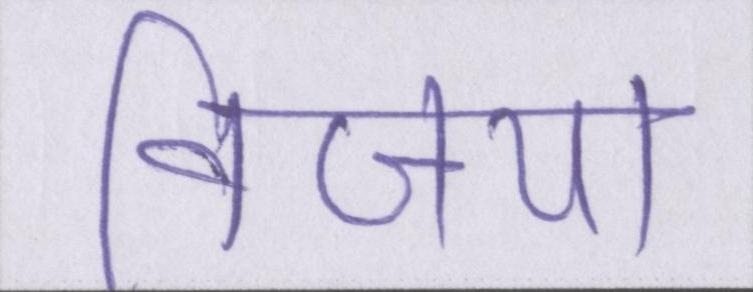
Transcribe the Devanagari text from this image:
विजया